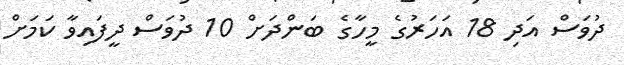
ދުވަސް އަދި 18 އަހަރުގެ މީހާގެ ބަންދަށް 10 ދުވަސް ދީފައިވާ ކަމަށް